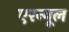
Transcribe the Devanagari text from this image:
एरन्‍यूल